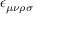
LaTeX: \epsilon _ { \mu \nu \rho \sigma }